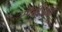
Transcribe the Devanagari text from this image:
सीबीओई